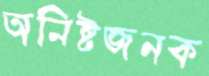
অনিষ্টজনক